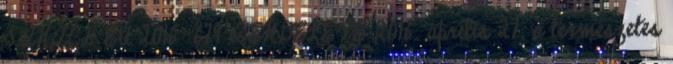
TANÁCS EU 2016 679 RENDELETE 2016. április 27. a természetes